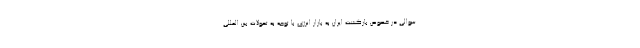
سوالی در خصوص بازگشت ایران به بازار انرژی با توجه به تحولات بین المللی